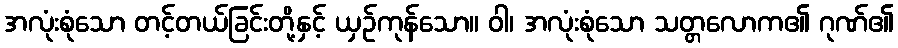
အလုံးစုံသော တင့်တယ်ခြင်းတို့နှင့် ယှဉ်ကုန်သော။ ဝါ၊ အလုံးစုံသော သတ္တလောက၏ ဂုဏ်၏